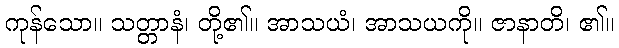
ကုန်သော။ သတ္တာနံ၊ တို့၏။ အာသယံ၊ အာသယကို။ ဇာနာတိ၊ ၏။